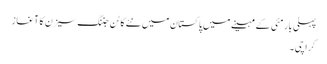
پہلی بار مئی کے مہینے میں پاکستان میں نئے کاٹن جننگ سیزن کا آغاز
کراچی ۔